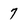
Character: 7